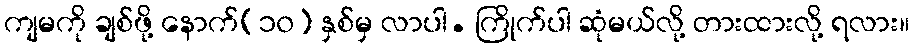
ကျမကို ချစ်ဖို့ နောက်(၁၀) နှစ်မှ လာပါ. ကြိုက်ပါ ဆုံမယ်လို့ တားထားလို့ ရလား။